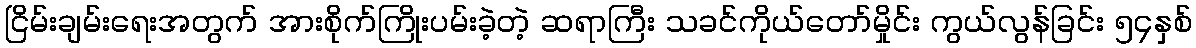
ငြိမ်းချမ်းရေးအတွက် အားစိုက်ကြိုးပမ်းခဲ့တဲ့ ဆရာကြီး သခင်ကိုယ်တော်မှိုင်း ကွယ်လွန်ခြင်း ၅၄နှစ်